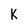
Character: k